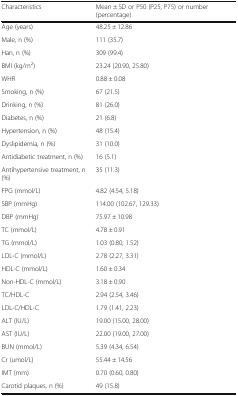
| Characteristics | Mean ± SD or P50 (P25, P75) or number (percentage) |
 | --- | --- |
 | Age (years) | 48.25 ± 12.86 |
 | Male, n (%) | 111 (35.7) |
 | Han, n (%) | 309 (99.4) |
 | BMI (kg/m2) | 23.24 (20.90, 25.80) |
 | WHR | 0.88 ± 0.08 |
 | Smoking, n (%) | 67 (21.5) |
 | Drinking, n (%) | 81 (26.0) |
 | Diabetes, n (%) | 21 (6.8) |
 | Hypertension, n (%) | 48 (15.4) |
 | Dyslipidemia, n (%) | 31 (10.0) |
 | Antidiabetic treatment, n (%) | 16 (5.1) |
 | Antihypertensive treatment, n (%) | 35 (11.3) |
 | FPG (mmol/L) | 4.82 (4.54, 5.18) |
 | SBP (mmHg) | 114.00 (102.67, 129.33) |
 | DBP (mmHg) | 75.97 ± 10.98 |
 | TC (mmol/L) | 4.78 ± 0.91 |
 | TG (mmol/L) | 1.03 (0.80, 1.52) |
 | LDL-C (mmol/L) | 2.78 (2.27, 3.31) |
 | HDL-C (mmol/L) | 1.60 ± 0.34 |
 | Non-HDL-C (mmol/L) | 3.18 ± 0.90 |
 | TC/HDL-C | 2.94 (2.54, 3.46) |
 | LDL-C/HDL-C | 1.79 (1.41, 2.23) |
 | ALT (IU/L) | 19.00 (15.00, 28.00) |
 | AST (IU/L) | 22.00 (19.00, 27.00) |
 | BUN (mmol/L) | 5.39 (4.34, 6.54) |
 | Cr (umol/L) | 55.44 ± 14.56 |
 | IMT (mm) | 0.70 (0.60, 0.80) |
 | Carotid plaques, n (%) | 49 (15.8) |